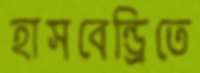
হাসবেন্ড্রিতে